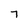
Character: 7